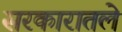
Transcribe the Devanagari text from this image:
सरकारातले